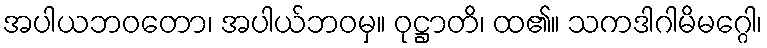
အပါယဘဝတော၊ အပါယ်ဘဝမှ။ ဝုဋ္ဌာတိ၊ ထ၏။ သကဒါဂါမိမဂ္ဂေါ၊